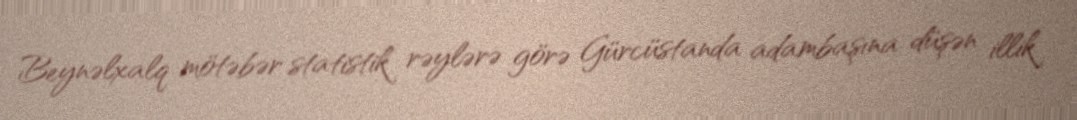
Beynəlxalq mötəbər statistik rəylərə görə Gürcüstanda adambaşına düşən illik